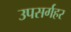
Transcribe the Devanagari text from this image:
उपसर्गहर